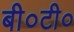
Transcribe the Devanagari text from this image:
बी०टी०